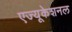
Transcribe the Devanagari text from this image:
एज्यूकेशनल